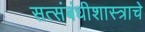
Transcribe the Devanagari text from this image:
सत्संबंधीशास्त्राचे